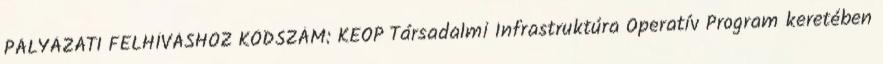
PÁLYÁZATI FELHÍVÁSHOZ KÓDSZÁM: KEOP Társadalmi Infrastruktúra Operatív Program keretében